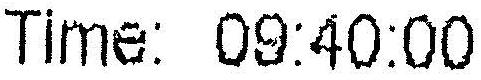
TIME: 09:40:00